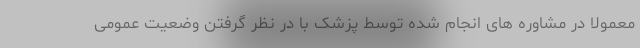
معمولا در مشاوره های انجام شده توسط پزشک با در نظر گرفتن وضعیت عمومی